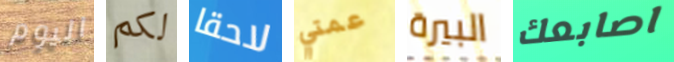
اليوم لكم لاحقا عمتي البيرة اصابعك